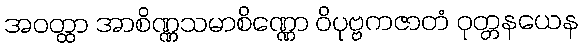
အဝတ္ထာ အာစိဏ္ဏသမာစိဏ္ဏော ဝိပုဗ္ဗကဇာတံ ဝုတ္တနယေန